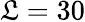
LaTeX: \mathfrak{L}=30